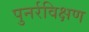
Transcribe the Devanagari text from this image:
पुनर्रविक्षण